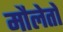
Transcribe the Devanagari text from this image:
मौलेतों